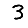
Digit: 3